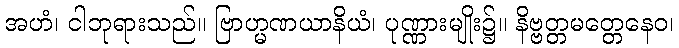
အဟံ၊ ငါဘုရားသည်။ ဗြာဟ္မဏယာနိယံ၊ ပုဏ္ဏားမျိုး၌။ နိဗ္ဗတ္တမတ္တေနေဝ၊